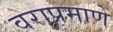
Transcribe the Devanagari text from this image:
वराप्रमाणे